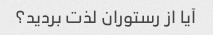
آیا از رستوران لذت بردید؟